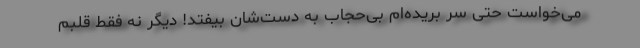
می‌خواست حتی سر بریده‌ام بی‌حجاب به دست‌شان بیفتد! دیگر نه فقط قلبم